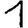
Digit: 1